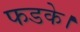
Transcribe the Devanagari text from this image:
फडके।